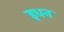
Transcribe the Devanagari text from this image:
इधन